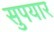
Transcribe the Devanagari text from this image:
सुपयार